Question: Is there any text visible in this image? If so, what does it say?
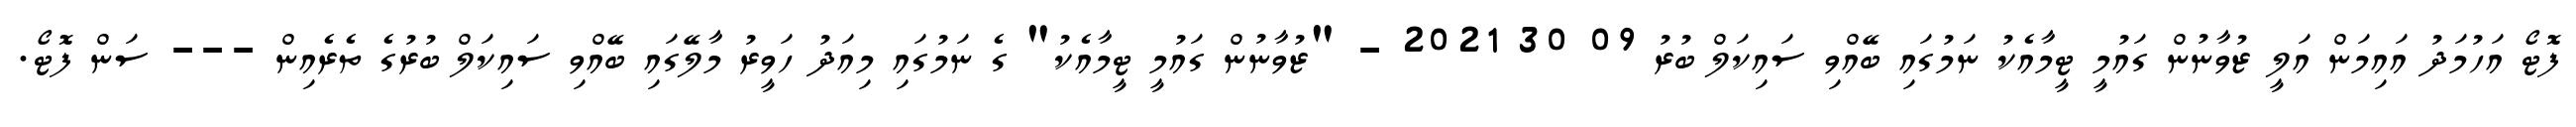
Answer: ފޮޓޯ އަހުމަދު އައިމަން އަލީ ޒުވާނުން ގައުމީ ޓީމާއެކު ނަމުގައި ބޭއްވި ސައިކަލް ބުރު 09 30 2021 - "ޒުވާނުން ގައުމީ ޓީމާއެކު" ގެ ނަމުގައި މިއަދު ހަވީރު މާލޭގައި ބޭއްވި ސައިކަލް ބުރުގެ ތެރެއިން --- ސަން ފޮޓޯ.